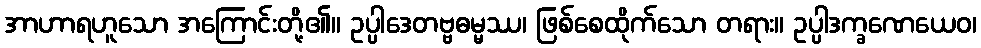
အာဟာရဟူသော အကြောင်းတို့၏။ ဥပ္ပါဒေတဗ္ဗဓမ္မဿ၊ ဖြစ်စေထိုက်သော တရား။ ဥပ္ပါဒက္ခဏေယေဝ၊